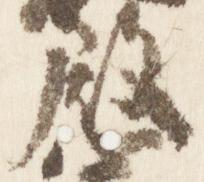
殿